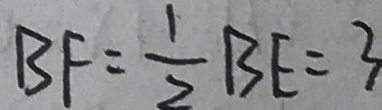
B F = \frac { 1 } { 2 } B E = 3